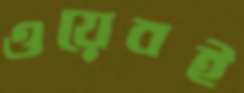
ওয়েবই